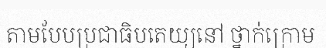
តាមបែបប្រជាធិបតេយ្យនៅ ថ្នាក់ក្រោម